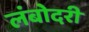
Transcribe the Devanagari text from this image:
लंबोदरी